Lunatic asylums Central Provinces reports 1874-1885 - 1874-1885
Year: 1874
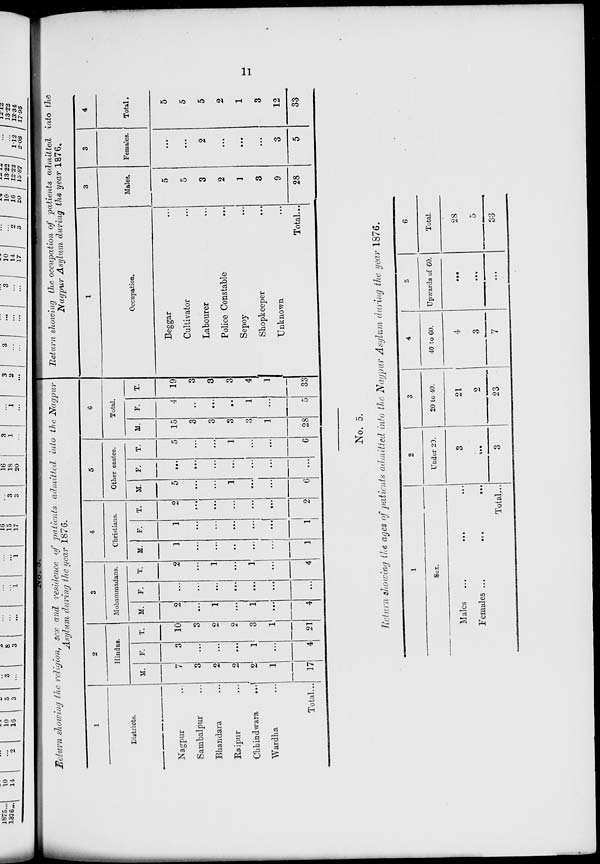
11
No.3
Return showing the religion, sex and residence of patients admitted into the Nagpur
Asylum during the year 1876.
1
Districts.
Nagpur ...
Sambalpur ...
Bhandara ...
Raipur ...
Chhindwara
...
Wardha ...
Total ...
2
Hindus.
M.
7
3
2
2
2
1
17
F.
3
...
...
...
1
...
4
T.
10
3
2
2
3
1
21
3
Mohammadans.
M.
2
...
1
…
1
…
4
F.
...
...
...
…
...
...
...
T.
2
...
1
...
1
...
4
4
Christians.
M.
1
...
...
...
...
...
1
F.
1
...
...
...
...
...
1
T.
2
...
...
...
...
...
2
5
Other castes.
M.
5
...
...
1
...
...
6
F.
…
...
...
…
...
...
...
T.
5
...
...
1
...
...
6
6
Total.
M.
15
3
3
3
3
1
28
F.
4
..
…
...
1
...
5
T.
19
3
3
3
4
1
33
No.4
Return showing the occupation of patients admitted into the
Nagpur Asylum during the year 1876.
1
Occupation.
Beggar ...
Cultivator ...
Labourer ...
Police Constable ...
Sepoy ...
Shopkeeper ...
Unknown ...
Total ...
3
Males.
5
5
3
2
1
3
9
28
3
Females.
...
...
2
...
...
...
3
5
4
Total.
5
5
5
2
1
3
12
33
No. 5.
Return showing the ages of patients admitted into the Nagpur Asylum during the year 1876.
1
Sex.
Males ... ... ...
Females
...
...
...
Total ...
2
Under 20.
3
...
3
3
20 to 40.
21
2
23
4
40 to 60.
4
3
7
5
Upwards of 60.
...
...
...
6
Total.
28
5
33